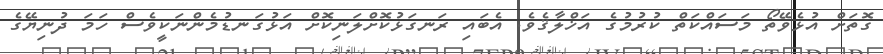
ގޮތަށް އުޅެވޭތޯ މަސައްކަތް ކުރުމުގެ އަޚްލާޤެވެ. އެބައި ރަނގަޅުކޮށްލަނިކޮށް އަޅުގަނޑުމެންނަކީވެސް ހަމަ ދުނިޔޭގެ